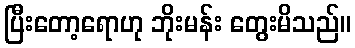
ပြီးတော့ရောဟု ဘိုးမန်း တွေးမိသည်။